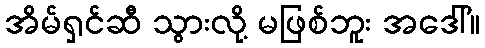
အိမ်ရှင်ဆီ သွားလို့ မဖြစ်ဘူး အဒေါ်။